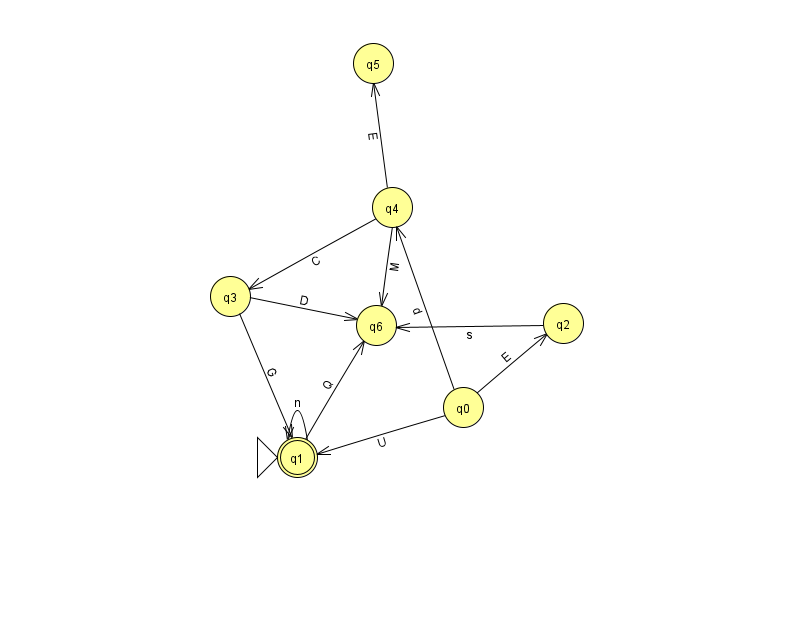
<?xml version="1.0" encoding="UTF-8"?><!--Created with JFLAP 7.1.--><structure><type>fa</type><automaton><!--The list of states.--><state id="0" name="q0"><x>463.0</x><y>394.0</y></state><state id="1" name="q1"><x>297.0</x><y>444.0</y><initial/><final/></state><state id="2" name="q2"><x>563.0</x><y>310.0</y></state><state id="3" name="q3"><x>230.0</x><y>283.0</y></state><state id="4" name="q4"><x>392.0</x><y>194.0</y></state><state id="5" name="q5"><x>373.0</x><y>50.0</y></state><state id="6" name="q6"><x>376.0</x><y>312.0</y></state><!--The list of transitions.--><transition><from>0</from><to>4</to><read>d</read></transition><transition><from>4</from><to>6</to><read>M</read></transition><transition><from>3</from><to>6</to><read>D</read></transition><transition><from>2</from><to>6</to><read>s</read></transition><transition><from>3</from><to>1</to><read>G</read></transition><transition><from>4</from><to>5</to><read>E</read></transition><transition><from>1</from><to>6</to><read>Q</read></transition><transition><from>0</from><to>1</to><read>U</read></transition><transition><from>4</from><to>3</to><read>C</read></transition><transition><from>0</from><to>2</to><read>E</read></transition><transition><from>1</from><to>1</to><read>n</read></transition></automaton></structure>